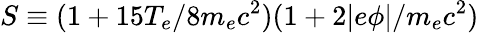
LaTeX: S\equiv(1+15T_{e}/8m_{e}c^{2})(1+2|e\phi|/m_{e}c^{2})